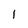
Character: 1